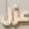
عزل